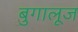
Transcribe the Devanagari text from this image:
बुगालूज